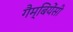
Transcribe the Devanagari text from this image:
गैम्बियेंसी